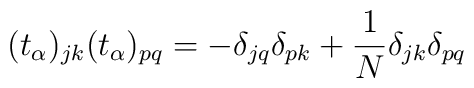
(t_\alpha)_{jk}(t_\alpha)_{pq}=-\delta_{jq}\delta_{pk}+\frac{1}{N}\delta_{jk}\delta_{pq}